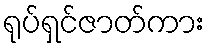
ရုပ်ရှင်ဇာတ်ကား